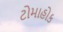
ટોમાહોક